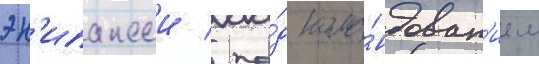
эк'ипажеи / по́д кома́ндован'ием